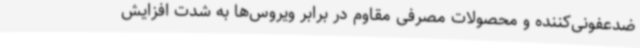
ضدعفونی‌کننده و محصولات مصرفی مقاوم در برابر ویروس‌ها به شدت افزایش